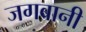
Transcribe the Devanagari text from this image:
जगबानी